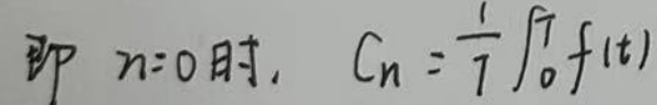
即 \(n = 0\) 时，\(C_{n}=\frac{1}{T}\int_{0}^{T}f(t)\)